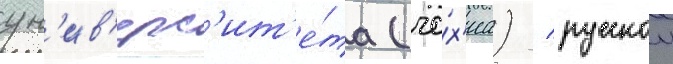
ун'ив'ерс'ит'е́та (че́х'иа) / русскои